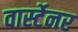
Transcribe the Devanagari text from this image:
वार्स्टेनर